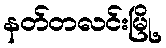
နတ်တလင်းမြို့